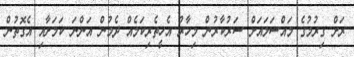
ރަށް ގިރުމުގެ މައްސަލައަށް ސަރުކާރުން މިހާރު އެހީތެރިކަމެއް ދެމުން އަންނަ ކަމަށާއި އެގޮތުން